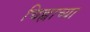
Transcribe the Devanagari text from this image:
चिह्नाच्या